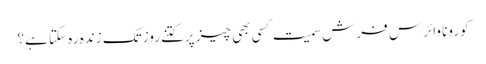
کورونا وائرس فرش سمیت کسی بھی چیز پرکتنےروز تک زندہ رہ سکتا ہے؟